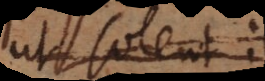
ut solent